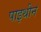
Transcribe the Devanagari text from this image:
पाइथीन